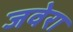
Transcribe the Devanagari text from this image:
जवेरा